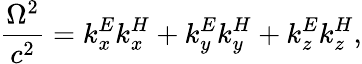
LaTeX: \frac{\Omega^{2}}{c^{2}}=k_{x}^{E}k_{x}^{H}+k_{y}^{E}k_{y}^{H}+k_{z}^{E}k_{z}^{H},